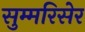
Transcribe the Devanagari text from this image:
सुम्मरिसेर